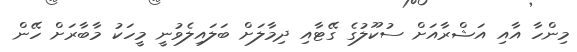
މިންހާ އާއި އަޝްރާއަށް ސުކޫލުގެ ގޭޓާއި ދިމާލަށް ބަލައިލެވުނީ މީހަކު މާބާރަށް ހޭން